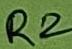
Text: R2